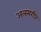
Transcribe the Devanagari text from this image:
अलमगीर